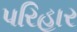
પરિહાર